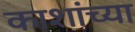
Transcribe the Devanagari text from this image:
काशांच्या